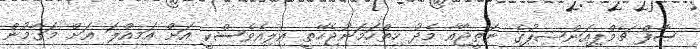
ސާފް ޗެމްޕިއަންޝިޕުގެ ނަތީޖާއާ މެދު ހިތްހަމަނުޖެހޭތީ އިލިއެވެސްކީ އަށް އަމިއްލަ އަށް މަގާމުން